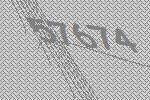
57674